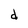
Character: d